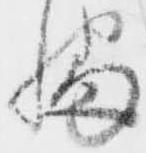
幡